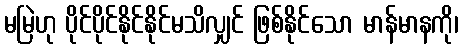
မမြဲဟု ပိုင်ပိုင်နိုင်နိုင်မသိလျှင် ဖြစ်နိုင်သော မာန်မာနကို၊